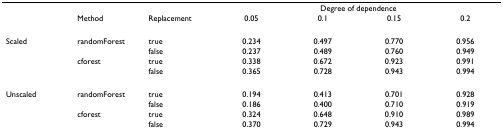
<table><thead><tr><td></td><td></td><td></td><td colspan="4"><b>Degree of dependence</b></td></tr><tr><td></td><td><b>Method</b></td><td><b>Replacement</b></td><td><b>0.05</b></td><td><b>0.1</b></td><td><b>0.15</b></td><td><b>0.2</b></td></tr></thead><tbody><tr><td>Scaled</td><td>randomForest</td><td>true</td><td>0.234</td><td>0.497</td><td>0.770</td><td>0.956</td></tr><tr><td></td><td></td><td>false</td><td>0.237</td><td>0.489</td><td>0.760</td><td>0.949</td></tr><tr><td></td><td>cforest</td><td>true</td><td>0.338</td><td>0.672</td><td>0.923</td><td>0.991</td></tr><tr><td></td><td></td><td>false</td><td>0.365</td><td>0.728</td><td>0.943</td><td>0.994</td></tr><tr><td>Unscaled</td><td>randomForest</td><td>true</td><td>0.194</td><td>0.413</td><td>0.701</td><td>0.928</td></tr><tr><td></td><td></td><td>false</td><td>0.186</td><td>0.400</td><td>0.710</td><td>0.919</td></tr><tr><td></td><td>cforest</td><td>true</td><td>0.324</td><td>0.648</td><td>0.910</td><td>0.989</td></tr><tr><td></td><td></td><td>false</td><td>0.370</td><td>0.729</td><td>0.943</td><td>0.994</td></tr></tbody></table>